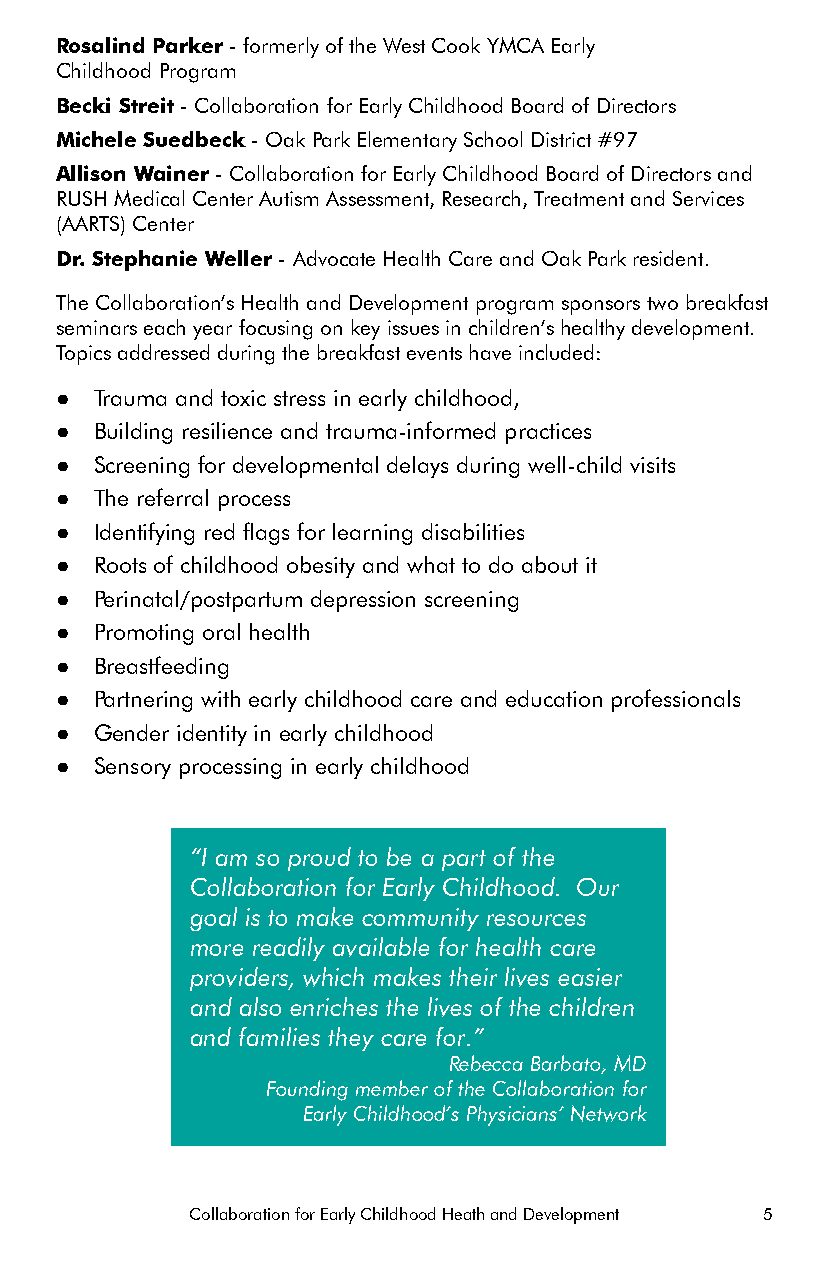
Rosalind Parker - formerly of the West Cook YMCA Early
 Childhood Program
 Becki Streit - Collaboration for Early Childhood Board of Directors
 Michele Suedbeck - Oak Park Elementary School District #97
 Allison Wainer - Collaboration for Early Childhood Board of Directors and
 RUSH Medical Center Autism Assessment, Research, Treatment and Services
 (AARTS) Center
 Dr. Stephanie Weller - Advocate Health Care and Oak Park resident.
 The Collaboration’s Health and Development program sponsors two breakfast
 seminars each year focusing on key issues in children’s healthy development.
 Topics addressed during the breakfast events have included:
 ● Trauma and toxic stress in early childhood,
 ● Building resilience and trauma-informed practices
 ● Screening for developmental delays during well-child visits
 ● The referral process
 ● Identifying red flags for learning disabilities
 ● Roots of childhood obesity and what to do about it
 ● Perinatal/postpartum depression screening
 ● Promoting oral health
 ● Breastfeeding
 ● Partnering with early childhood care and education professionals
 ● Gender identity in early childhood
 ● Sensory processing in early childhood
 “I am so proud to be a part of the
 Collaboration for Early Childhood. Our
 goal is to make community resources
 more readily available for health care
 providers, which makes their lives easier
 and also enriches the lives of the children
 and families they care for.”
 Rebecca Barbato, MD
 Founding member of the Collaboration for
 Early Childhood’s Physicians’ Network
 Collaboration for Early Childhood Heath and Development 5